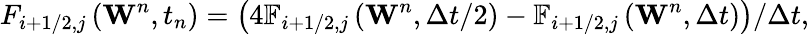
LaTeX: {{F}_{i+1/2,j}}\left({{\mathbf{W}}^{n}},{{t}_{n}}\right)=\left(4{{\mathbb{F}}_{i+1/2,j}}\left({{\mathbf{W}}^{n}},\Delta t/2\right)-{{\mathbb{F}}_{i+1/2,j}}\left({{\mathbf{W}}^{n}},\Delta t\right)\right)/\Delta t,